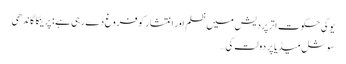
یوگی حکوت اتر پردیش میں ظلم اور انتشار کو فروغ دے رہی ہے : پرینکا گاندھی
سوشل میڈیا پر دولت کی…